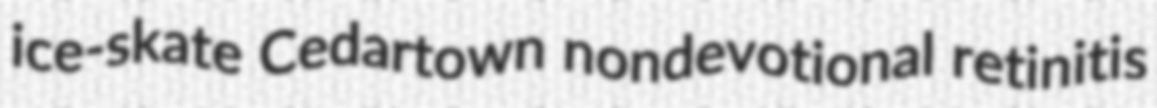
ice-skate Cedartown nondevotional retinitis